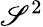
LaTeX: \mathscr{S}^{2}